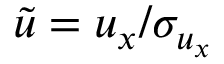
\tilde { u } = u _ { x } / \sigma _ { u _ { x } }